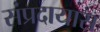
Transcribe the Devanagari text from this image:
संप्रदायास